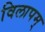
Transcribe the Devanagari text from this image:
विलापम्